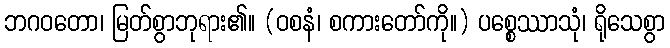
ဘဂဝတော၊ မြတ်စွာဘုရား၏။ (ဝစနံ၊ စကားတော်ကို။) ပစ္စေဿာသုံ၊ ရိုသေစွာ